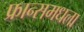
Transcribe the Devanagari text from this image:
फ्रान्समधला